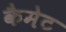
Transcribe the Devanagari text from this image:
कैमेट